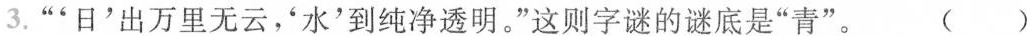
3.“'日'出万里无云'水'到纯净透明。”这则字谜的谜底是”青”。 ( )